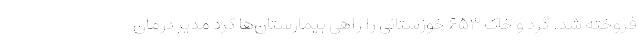
فروخته شد. گرد و خاک ۶۵۳ خوزستانی را راهی بیمارستان‌ها کرد مدیر درمان